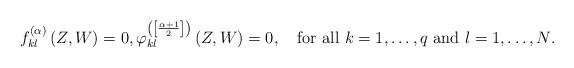
LaTeX: \begin{align*}f_{kl}^{\left(\alpha\right)}\left(Z,W\right)=0,\varphi_{kl}^{\left(\left[\frac{\alpha+1}{2}\right]\right)}\left(Z,W\right)=0,\quad\mbox{for all $k=1,\dots,q$ and $l=1,\dots,N$.}\end{align*}